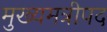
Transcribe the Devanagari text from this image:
मुख्यमत्रीपद